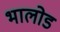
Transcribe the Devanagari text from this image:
भालोड